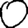
Digit: 0